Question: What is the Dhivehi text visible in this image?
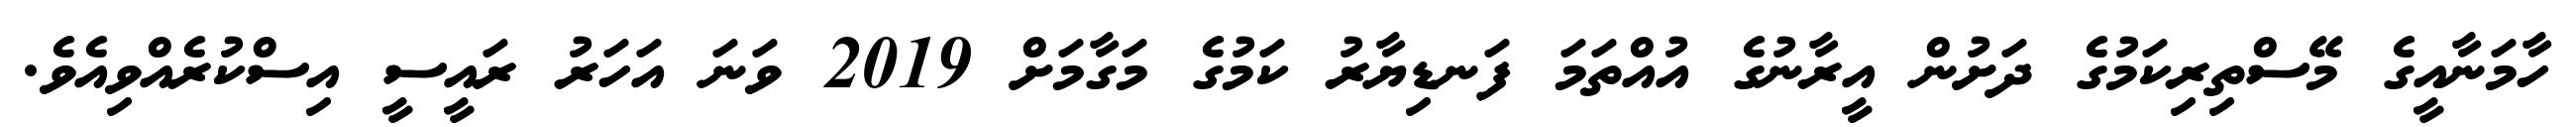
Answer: ހާމަނާއީގެ މޭސްތިރިކަމުގެ ދަށުން އީރާނުގެ އުއްތަމަ ފަނޑިޔާރު ކަމުގެ މަގާމަށް 2019 ވަނަ އަހަރު ރައީސީ އިސްކުރެއްވިއެވެ.